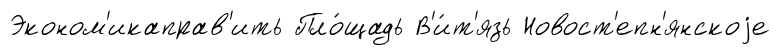
Эконом'икаправ'ить Пло́щадь В'и́т'язь Новост'епн'янскоjе